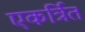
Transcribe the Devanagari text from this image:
एकर्त्रित